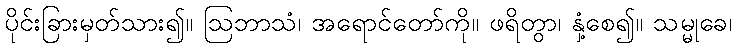
ပိုင်းခြားမှတ်သား၍။ ဩဘာသံ၊ အရောင်တော်ကို။ ဖရိတွာ၊ နှံ့စေ၍။ သမ္မုခေ၊